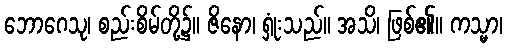
ဘောဂေသု၊ စည်းစိမ်တို့၌။ ဇိနော၊ ရှုံးသည်။ အသိ၊ ဖြစ်၏။ ကသ္မာ၊